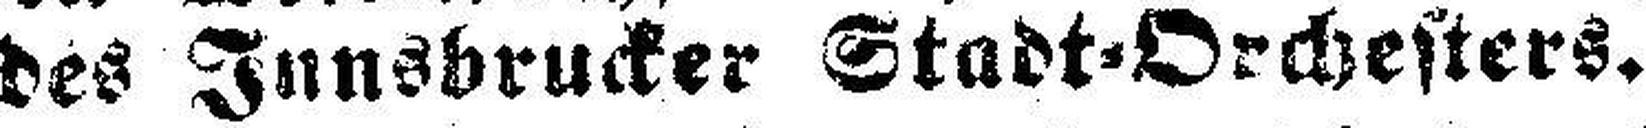
des Innsbrucker Stadt=Orchesters.